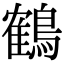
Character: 鶴